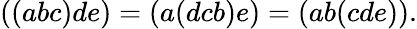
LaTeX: ((abc)de)=(a(dcb)e)=(ab(cde)).